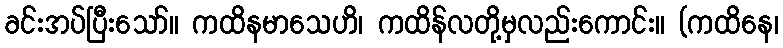
ခင်းအပ်ပြီးသော်။ ကထိနမာသေဟိ၊ ကထိန်လတို့မှလည်းကောင်း။ (ကထိနေ၊